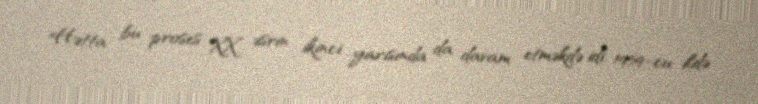
Hətta bu proses XX əsrin ikinci yarısında da davam etməkdə idi. 1959-cu ildə